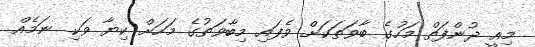
މިއީ ދުންފަތް މަހުގެ ބާވަތަކަށް ވެފައި މިބާވަތުގެ މަހަށް ކިޔާ ވަކި ނަމެއް